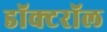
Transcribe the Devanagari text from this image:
डॉक्टरॉल